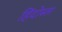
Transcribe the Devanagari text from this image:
हिंदोस्ता